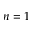
n = 1